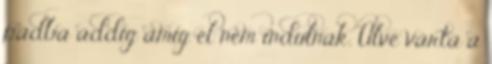
padba addig amíg el nem indulnak. Ülve várta a